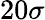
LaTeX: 20\sigma